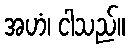
အဟံ၊ ငါသည်။